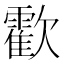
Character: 㱋